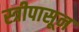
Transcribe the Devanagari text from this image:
स्त्रीपासून